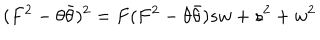
( F ^ { 2 } - \theta \bar { \theta } ) ^ { 2 } = F ( F ^ { 2 } - \theta \bar { \theta } ) s w + s ^ { 2 } + w ^ { 2 }